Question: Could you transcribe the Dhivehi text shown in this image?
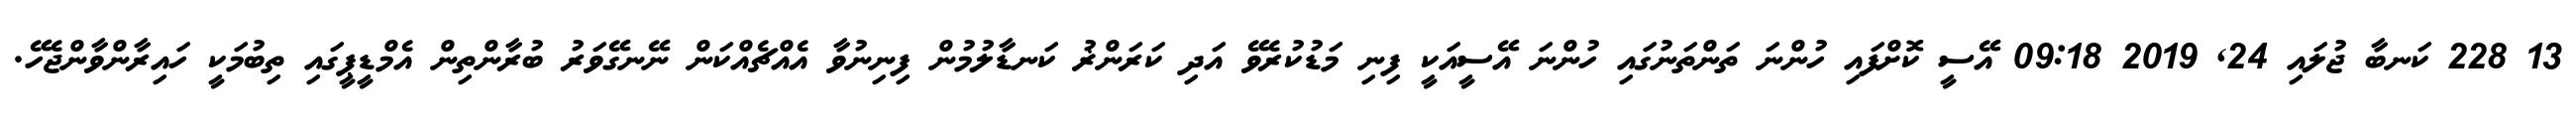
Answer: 13 228 ކަނބާ ޖުލައި 24, 2019 09:18 އޭސީ ކޮށްފައި ހުންނަ ތަންތަނުގައި ހުންނަ އޭސީއަކީ ފިނި މަޑުކުރެވޭ އަދި ކަރަންޜު ކަނޑާލުމުން ފިނިނުވާ އެއްޗެއްކަން ނޭނގޭވަރު ބުރާންތިން އެމްޑީޕީގައި ތިބުމަކީ ހައިރާންވާންޖެހޭ.